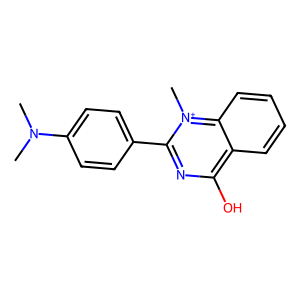
SMILES: CN(C)c1ccc(-c2nc(O)c3ccccc3[n+]2C)cc1
Inhibits HIV replication: No